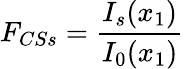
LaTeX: F_{CSs}=\frac{I_{s}(x_{1})}{I_{0}(x_{1})}